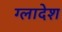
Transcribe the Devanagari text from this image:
ग्लादेश